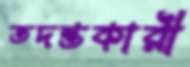
তদন্তকারী